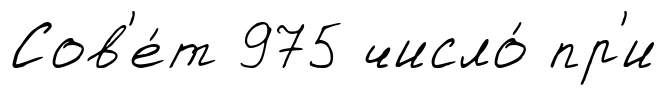
Сов'е́т 975 число́ пр'и